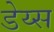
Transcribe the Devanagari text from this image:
डेय्स